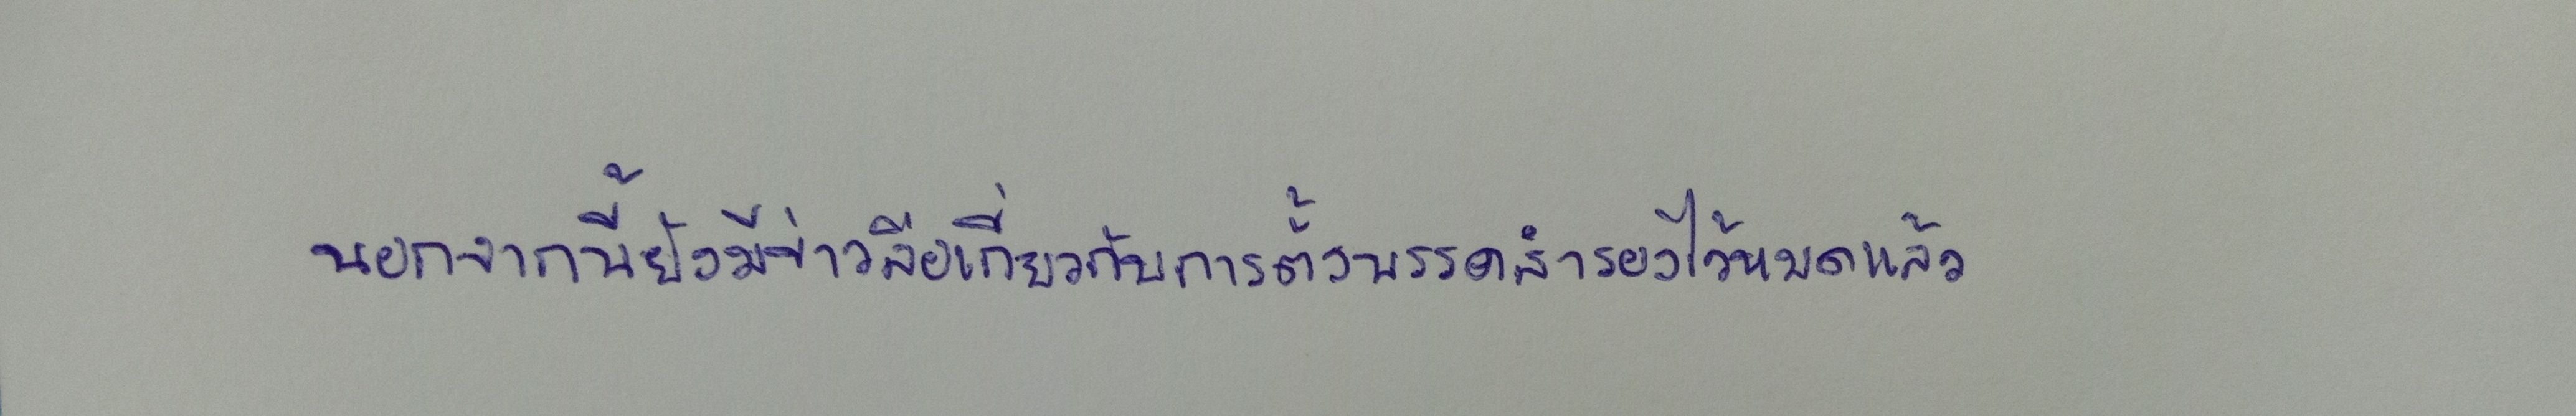
นอกจากนี้ยังมีข่าวลือเกี่ยวกับการตั้งพรรคสำรองไว้หมดแล้ว